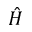
\hat { H }